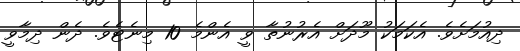
ދިއުމަށެވެ. އެކަމަކު މޫދަށް އެރުުނުތާ ވީ އެންމެ 10 މިނެޓެވެ. ދެން ދިމާވީ